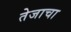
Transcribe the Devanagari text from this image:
तेजाचा